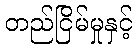
တည်ငြိမ်မှုနှင့်